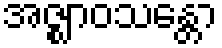
အဇ္ဈာဝသန္တော